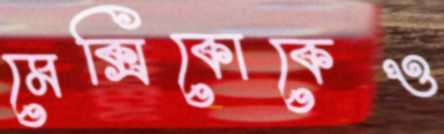
মেক্সিকোকেও